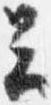
云